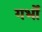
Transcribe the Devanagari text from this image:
गर्भों